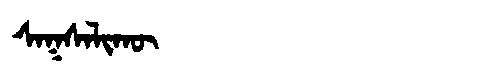
Manchu: ᠰᠠᡴᠰᠠᠯᡳᡴᡡ
Romanization: SAKSALIKŪ